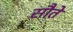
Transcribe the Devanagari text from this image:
सौते